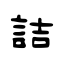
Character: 詰